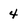
Character: 4